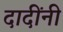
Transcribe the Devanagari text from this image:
दादींनी